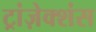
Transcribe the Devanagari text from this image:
ट्रांज़ेक्शंस